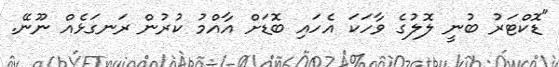
"ޑޮކްޓަރު ބުނީ ލޮލުގެ ވާހަކަ އެހައި ބޮޑަށް އާއްމު ކުރުން ރަނގަޅެއް ނޫނޭ.